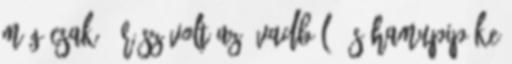
még csak 5 rész volt az évadból. És Hamupipőke